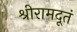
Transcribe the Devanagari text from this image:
श्रीरामदूतं